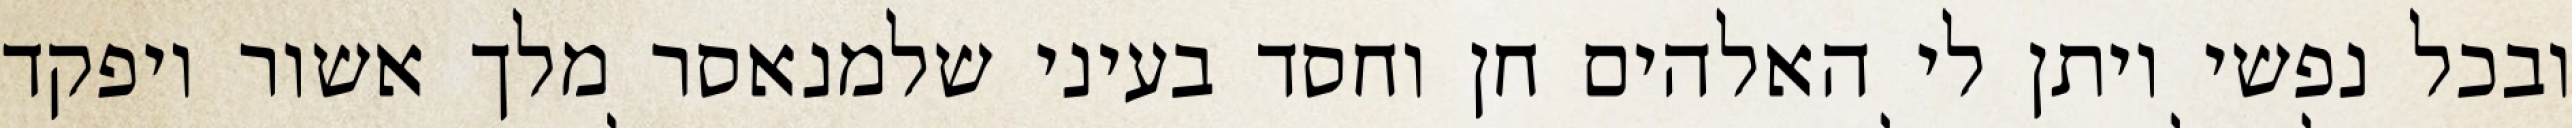
ובכל נפשי ויתן לי האלהים חן וחסד בעיני שלמנאסר מלך אשור ויפקד